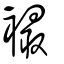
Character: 襊